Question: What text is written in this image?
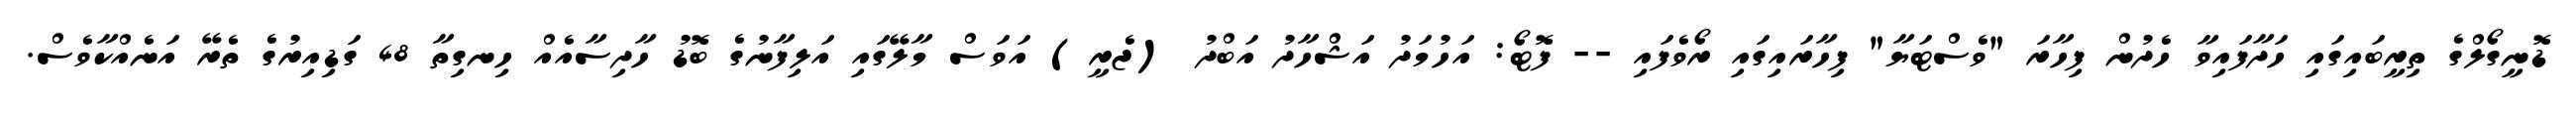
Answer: ޑޮނީގޯލްގެ ތިރީބައިގައި ހަދާފައިވާ ހެދުން ފިހާރަ "ވެސްޓަޔާ" ފިހާރައިގައި ރޯވެފައި -- ފޮޓޯ: އަހުމަދު އަޝްހާދު އަބްދު (ޖެރީ) އަވަސް މާލޭގައި އަލިފާނުގެ ބޮޑު ހާދިސާއެއް ހިނގިތާ 48 ގަޑިއިރުގެ ތެރޭ އަނެއްކާވެސް.